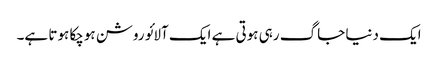
ایک دنیا جاگ رہی ہوتی ہے ایک آلائو روشن ہوچکا ہوتا ہے۔